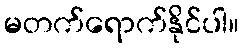
မတက်ရောက်နိုင်ပါ။